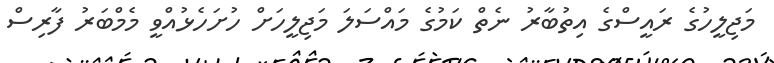
މަޖިލީހުގެ ރައީސްގެ އިތުބާރު ނެތް ކަމުގެ މައްސަލަ މަޖިލީހަށް ހުށަހެޅުއްވީ މެމްބަރު ފާރިސް